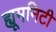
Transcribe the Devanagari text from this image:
ह्यूमनिटी